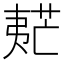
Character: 𡙧